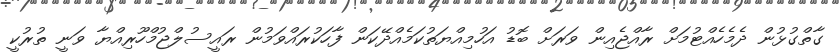
ގާތްގުޅުން ދެމެހެއްޓުމަށް ރާއްޖެއިން ވަރަށް ބޮޑު އަހުމިއްޔަތުކަމެއްދޭކަން ފާހަކުރައްވަމުން ރައީސުލްޖުމްހޫރިއްޔާ ވަނީ ތުރުކީ